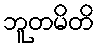
ဘူတမိတိ